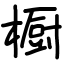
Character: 橱